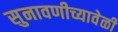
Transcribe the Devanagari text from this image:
सुनावणीच्यावेळी